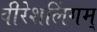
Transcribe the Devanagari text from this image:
वीरेशलिंगम्